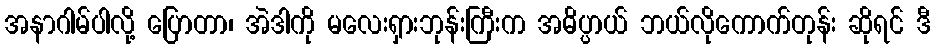
အနာဂါမ်ပါလို့ ပြောတာ၊ အဲဒါကို မလေးရှားဘုန်းကြီးက အဓိပ္ပာယ် ဘယ်လိုကောက်တုန်း ဆိုရင် ဒီ